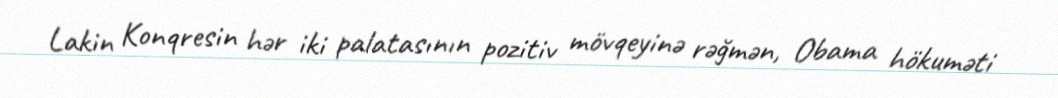
Lakin Konqresin hər iki palatasının pozitiv mövqeyinə rəğmən, Obama hökuməti